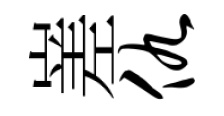
嵳仇